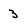
Character: 3